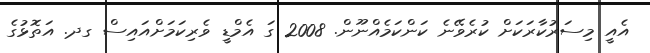
އެއީ މިސަރުކާރަކަށް ކުރެވޭނެ ކަންކަމެއްނޫން. 2008 ގަ އެމްޑީި ވެރިކަމަށްއައިސް ގދ. އަތޮޅުގެ